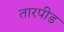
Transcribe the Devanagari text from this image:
तारपीड